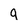
Character: g